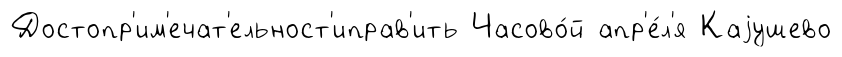
Достопр'им'ечат'ельност'иправ'ить Часово́й апр'е́л'я Каjушево